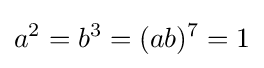
a^{2}=b^{3}=(ab)^{7}=1